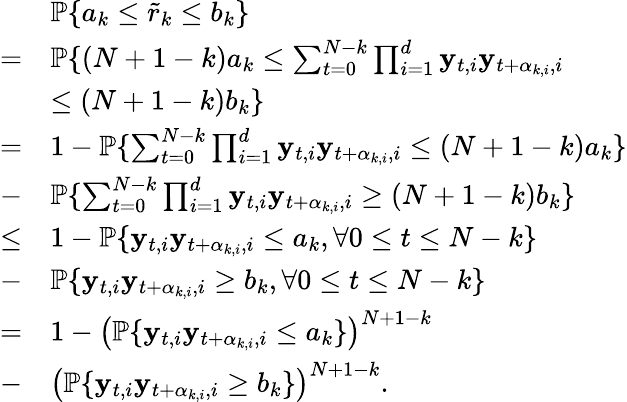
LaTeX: \begin{array}{rl}&{\mathbb{P}\{ a_{k}\leq\tilde{r}_{k}\leq b_{k}\} }\\ {=}&{\mathbb{P}\{ \left(N+1-k\right)a_{k}\leq\sum_{t=0}^{N-k}\prod_{i=1}^{d}\mathbf{y}_{t,i}\mathbf{y}_{t+\alpha_{k,i},i}}\\ &{\leq\left(N+1-k\right)b_{k}\} }\\ {=}&{1-\mathbb{P}\{ \sum_{t=0}^{N-k}\prod_{i=1}^{d}\mathbf{y}_{t,i}\mathbf{y}_{t+\alpha_{k,i},i}\leq\left(N+1-k\right)a_{k}\} }\\ {-}&{\mathbb{P}\{ \sum_{t=0}^{N-k}\prod_{i=1}^{d}\mathbf{y}_{t,i}\mathbf{y}_{t+\alpha_{k,i},i}\geq\left(N+1-k\right)b_{k}\} }\\ {\leq}&{1-\mathbb{P}\{ \mathbf{y}_{t,i}\mathbf{y}_{t+\alpha_{k,i},i}\leq a_{k},\forall 0\leq t\leq N-k\} }\\ {-}&{\mathbb{P}\{ \mathbf{y}_{t,i}\mathbf{y}_{t+\alpha_{k,i},i}\geq b_{k},\forall 0\leq t\leq N-k\} }\\ {=}&{1-\left(\mathbb{P}\{ \mathbf{y}_{t,i}\mathbf{y}_{t+\alpha_{k,i},i}\leq a_{k}\} \right)^{N+1-k}}\\ {-}&{\left(\mathbb{P}\{ \mathbf{y}_{t,i}\mathbf{y}_{t+\alpha_{k,i},i}\geq b_{k}\} \right)^{N+1-k}.}\end{array}